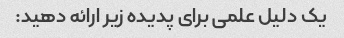
یک دلیل علمی برای پدیده زیر ارائه دهید: